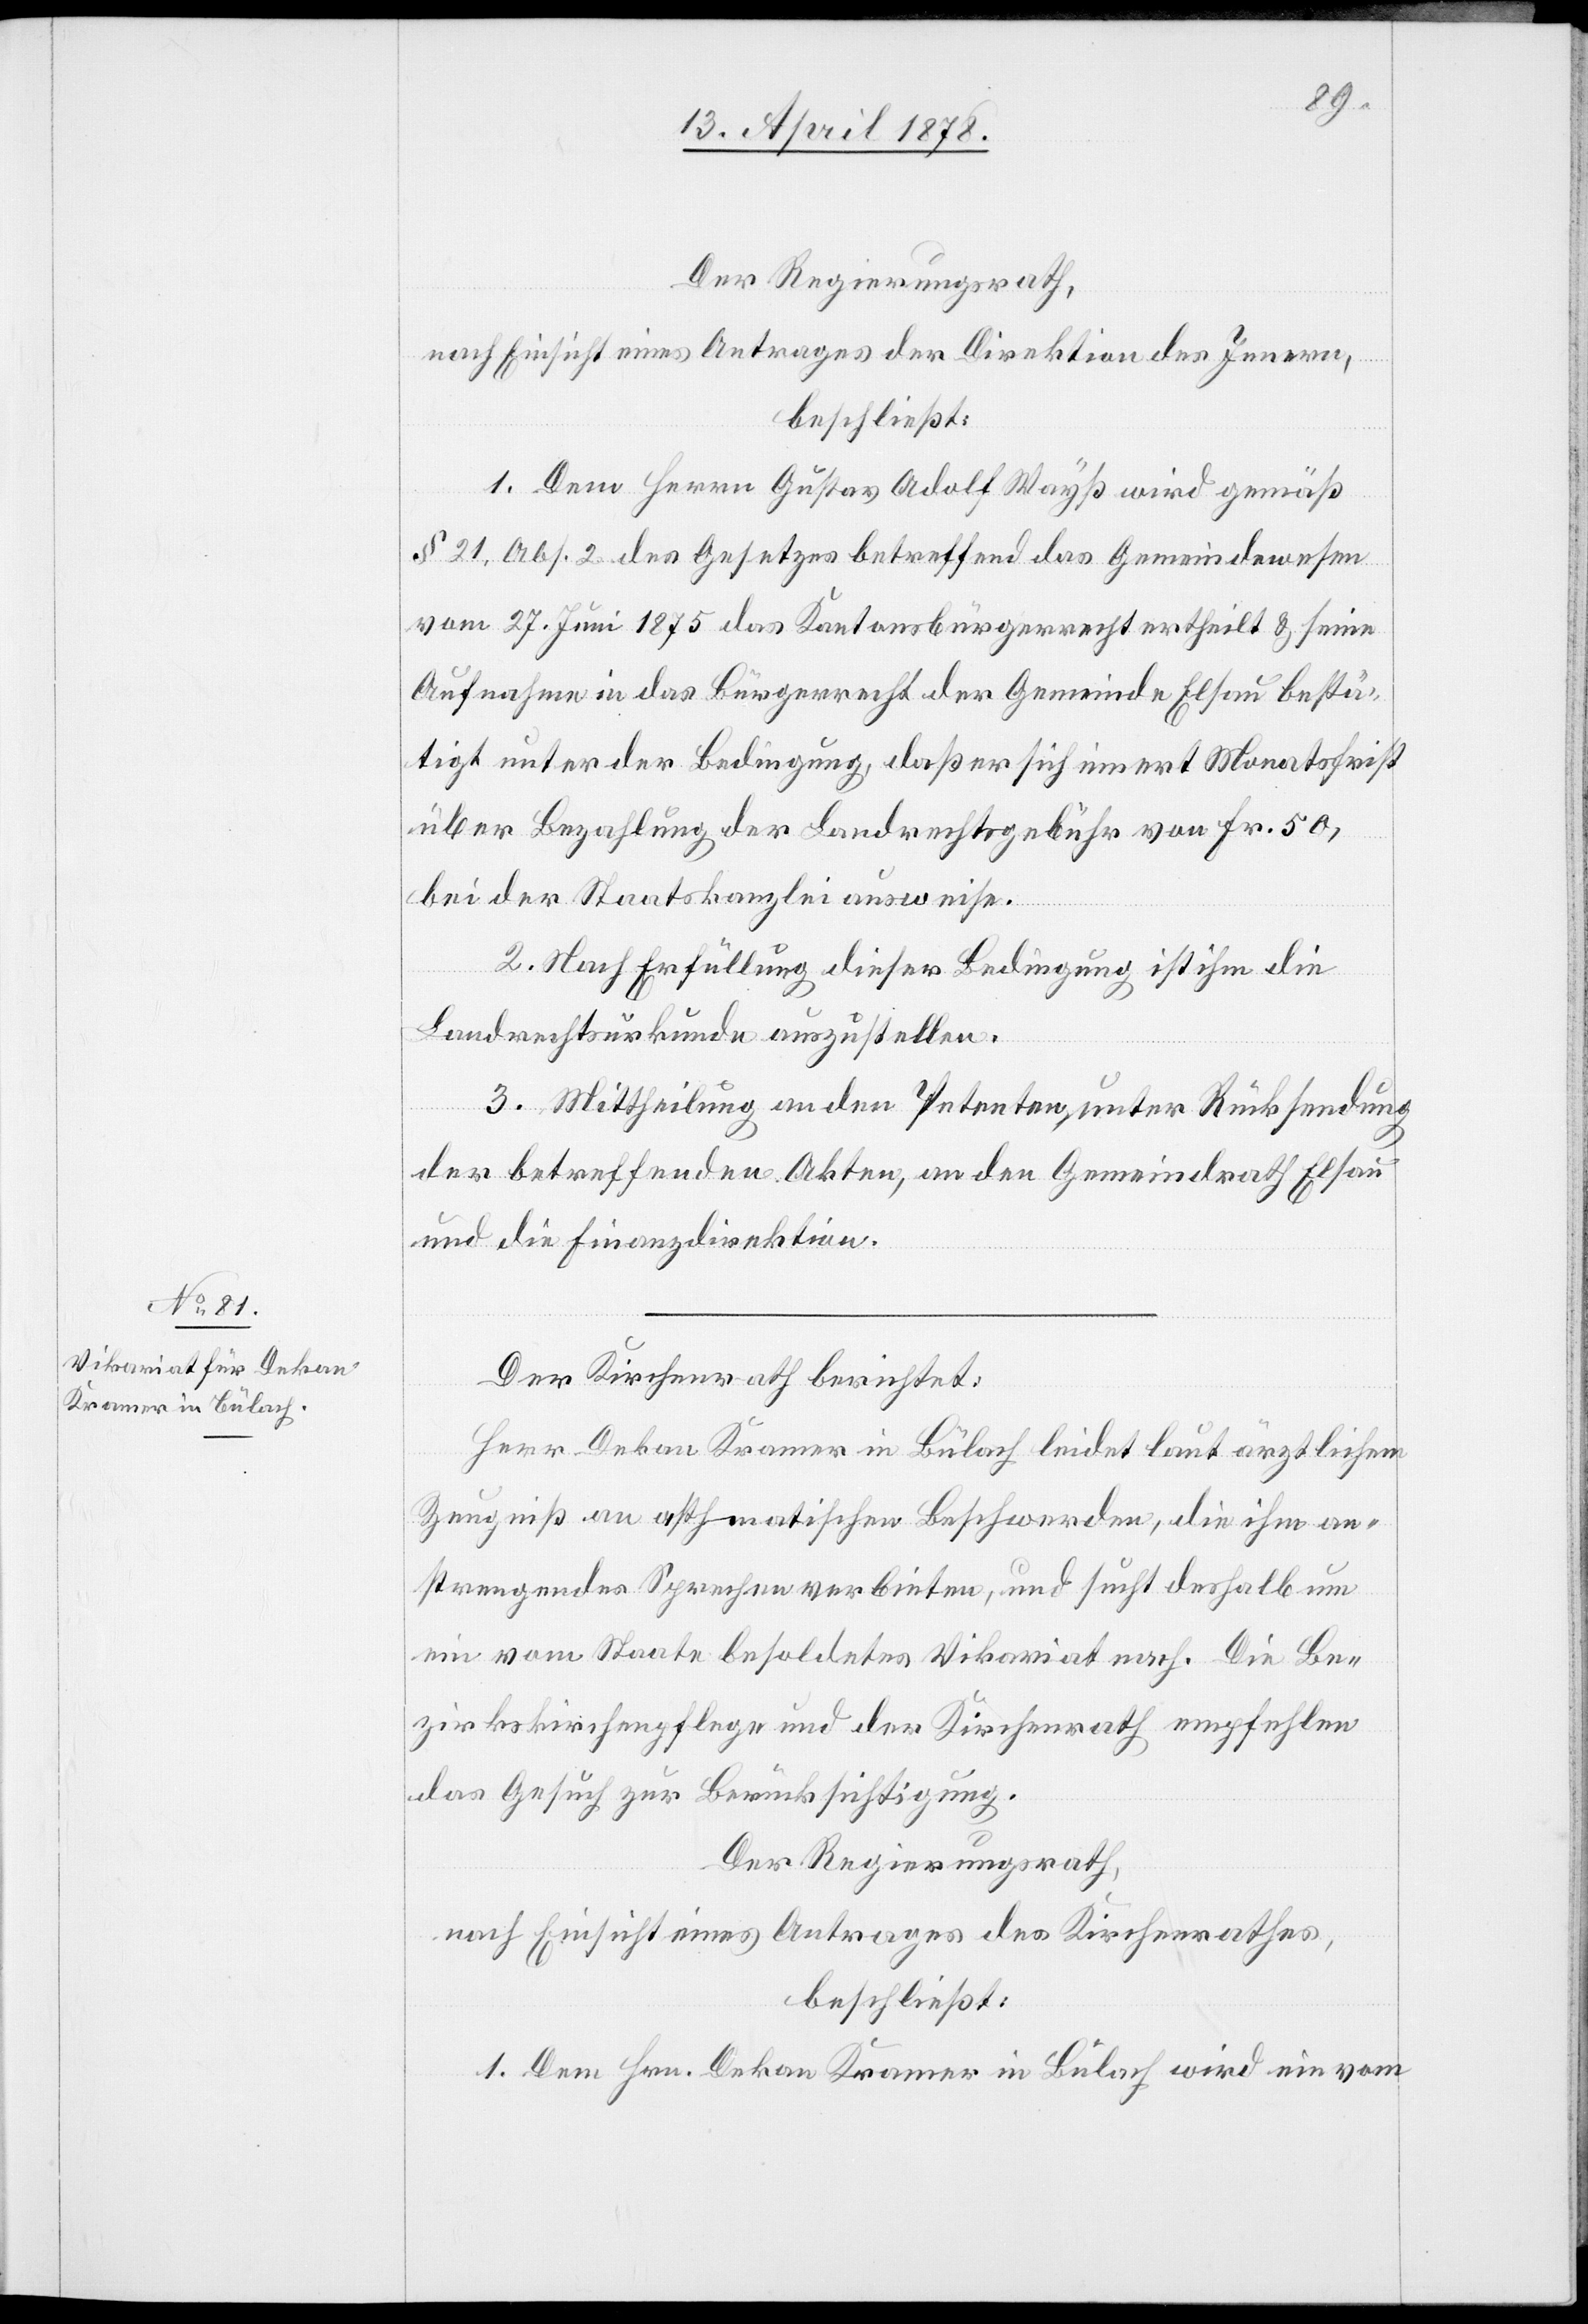
Der Regierungsrath,
nach Einsicht eines Antrages der Direktion des Innern,
beschließt:
1. Dem Herrn Gustav Adolf Wayß wird gemäß
§ 21, Abs. 2 des Gesetzes betreffend das Gemeindewesen
vom 27. Juni 1875 das Kantonsbürgerrecht ertheilt & seine
Aufnahme in das Bürgerrecht der Gemeinde Elsau bestä¬
tigt unter der Bedingung, daß er sich innert Monatsfrist
über Bezahlung der Landrechtsgebühr von Fr. 50,
bei der Staatskanzlei ausweise.
2. Nach Erfüllung dieser Bedingung ist ihm die
Landrechtsurkunde auszustellen.
3. Mittheilung an den Petenten, unter Rücksendung
der betreffenden Akten, an den Gemeindrath Elsau
und die Finanzdirektion.
Der Kirchenrath berichtet:
Herr Dekan Kramer in Bülach leidet laut ärztlichem
Zeugniß an asthmatischen Beschwerden, die ihm an¬
strengendes Sprechen verbieten, und sucht deshalb um
ein vom Staate besoldetes Vikariat nach. Die Be¬
zirkskirchenpflege und der Kirchenrath empfehlen
das Gesuch zur Berücksichtigung.
Der Regierungsrath,
nach Einsicht eines Antrages des Kirchenrathes,
beschließt:
1. Dem Hrn. Dekan Kramer in Bülach wird ein vom